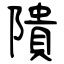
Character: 隤